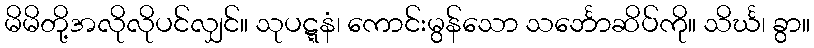
မိမိတို့အလိုလိုပင်လျှင်။ သုပဋ္ဋနံ၊ ကောင်းမွန်သော သင်္ဘောဆိပ်ကို။ သိင်္ဃ၊ ခွာ။